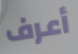
أعرف